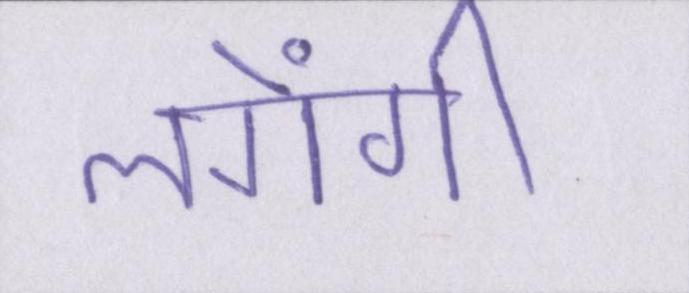
लगेंगी